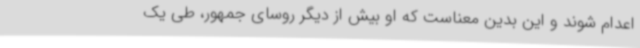
اعدام شوند و این بدین معناست که او بیش از دیگر روسای جمهور، طی یک